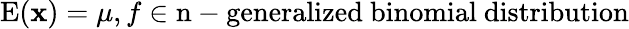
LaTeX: \operatorname{E}(\mathbf{x})=\mu,f\in{\mathrm{{n-generalized~binomial~distribution}}}